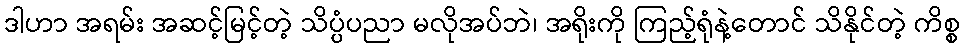
ဒါဟာ အရမ်း အဆင့်မြင့်တဲ့ သိပ္ပံပညာ မလိုအပ်ဘဲ၊ အရိုးကို ကြည့်ရုံနဲ့တောင် သိနိုင်တဲ့ ကိစ္စ